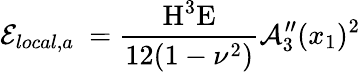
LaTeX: \mathcal{E}_{local,a}\ =\frac{\textup{H}^{3}\textup{E}}{12(1-\nu^{2})}\mathcal{A}_{3}^{\prime\prime}(x_{1}){}^{2}